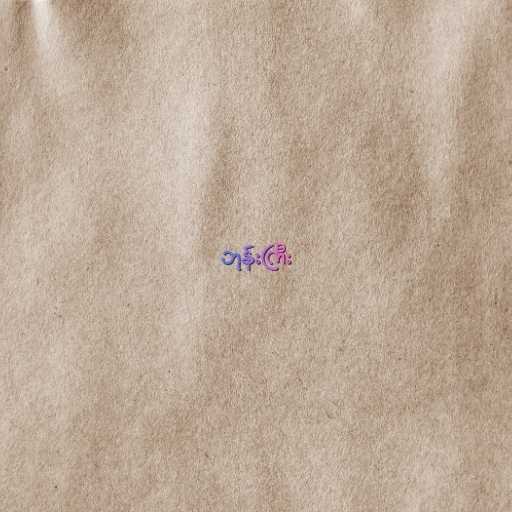
ဘုန်းကြီး